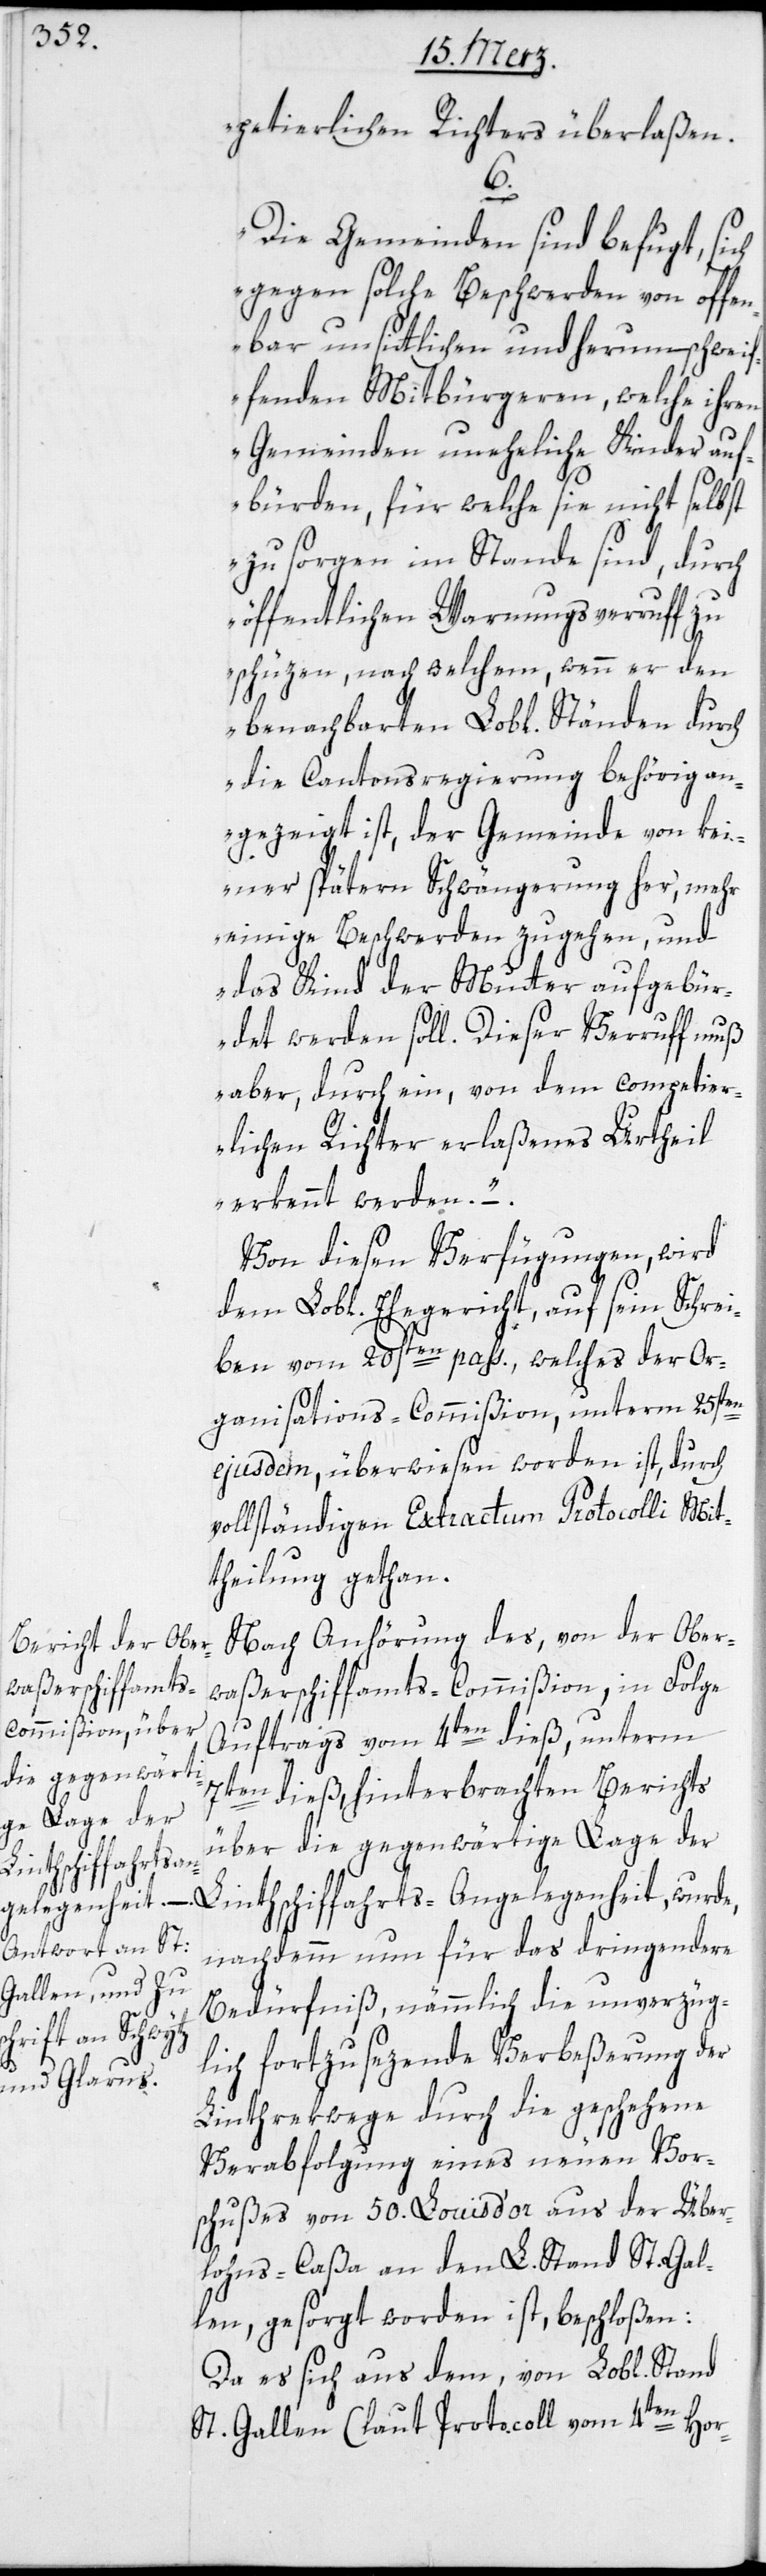
petierlichen Richters überlaßen.
Die Gemeinden sind befugt, sich
gegen solche Beschwerden von offen¬
bar unsittlichen und herumschweif¬
fenden Mitbürgeren, welche ihren
Gemeinden uneheliche Kinder auf¬
bürden, für welche sie nicht selbst
zu sorgen im Stande sind, durch
öffentliche Warnungsverruff zu
schüzen, nach welchem, wenn er den
benachbarten Lobl. Ständen durch
die Cantonsregierung behörig an¬
gezeigt ist, der Gemeinde vor kei¬
ner spätern Schwängerung her, mehr
einige Beschwerden zugehen, und
das Kind der Mutter aufgebür¬
det werden soll. Dieser Verruff muß
aber, durch ein, von dem competier¬
lichen Richter erlaßenes Urtheil
erkennt werden.“
Von diesen Verfügungen, wird
dem Lobl. Ehegericht, auf sein Schrei¬
ben vom 20sten pass., welches der Or¬
ganisations-Commißion, unterm 25sten
ejusdem, überwiesen worden ist, durch
vollständigen Extractum Protocolli Mit¬
theilung gethan.
Nach Anhörung des, von der Ober¬
waßerschiffamts-Commißion, in Folge
Auftrags vom 4ten dieß, unterm
7ten dieß, hinterbrachten Berichts
über die gegenwärtige Lage der
nachdemm nun für das dringendere
Bedürfniß, nämmlich die unverzüg¬
lich fortzusetzende Verbeßerung der
6.
Linthrekwege durch die geschehene
Verabfolgung eines neuen Vor¬
schußes von 50. Louisd’or aus der Über¬
lohns-Caßa an den L. Stand St. Gal¬
len, gesorgt worden ist, beschloßen:
Da es sich aus dem, von Lobl. Stand
St. Gallen (laut Protocoll vom 4ten Hor-